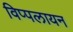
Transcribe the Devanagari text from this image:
विप्पलायन